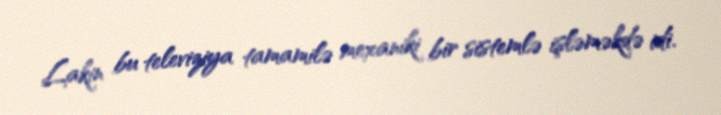
Lakin bu televiziya tamamilə mexaniki bir sistemlə işləməkdə idi.